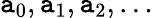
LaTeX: \mathtt{a}_{0},\mathtt{a}_{1},\mathtt{a}_{2},\ldots